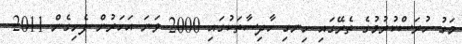
މަގު ހުރަސްކުރުމުގެ ތެރޭގައި ހިނގި ހާދިސާތަކުގައި 2000 ވަނަ އަހަރުން ފެށިގެން 2011